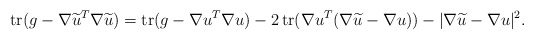
\begin{align*}\operatorname{tr}(g-\nabla\widetilde u^T\nabla\widetilde u)=\operatorname{tr}(g-\nabla u^T\nabla u)-2\operatorname{tr}(\nabla u^T(\nabla \widetilde u-\nabla u))-|\nabla\widetilde u-\nabla u|^2.\end{align*}